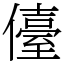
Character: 儓